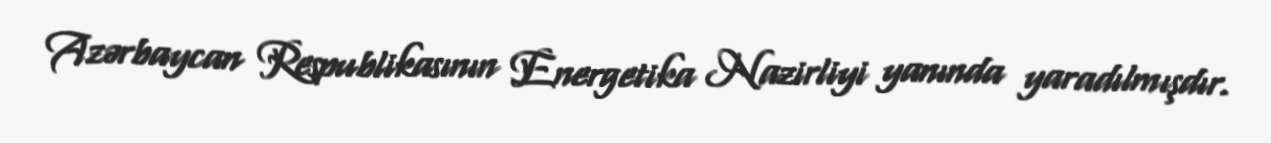
Azərbaycan Respublikasının Energetika Nazirliyi yanında yaradılmışdır.